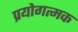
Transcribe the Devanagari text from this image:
प्रयोगत्मक